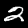
Digit: 2